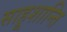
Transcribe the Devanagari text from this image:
साहूशान्ति